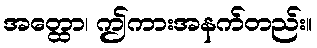
အတ္ထော၊ ဤကားအနက်တည်း။